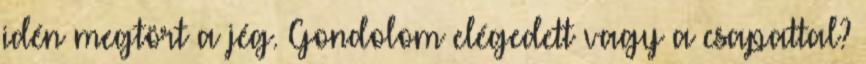
idén megtört a jég. Gondolom elégedett vagy a csapattal?